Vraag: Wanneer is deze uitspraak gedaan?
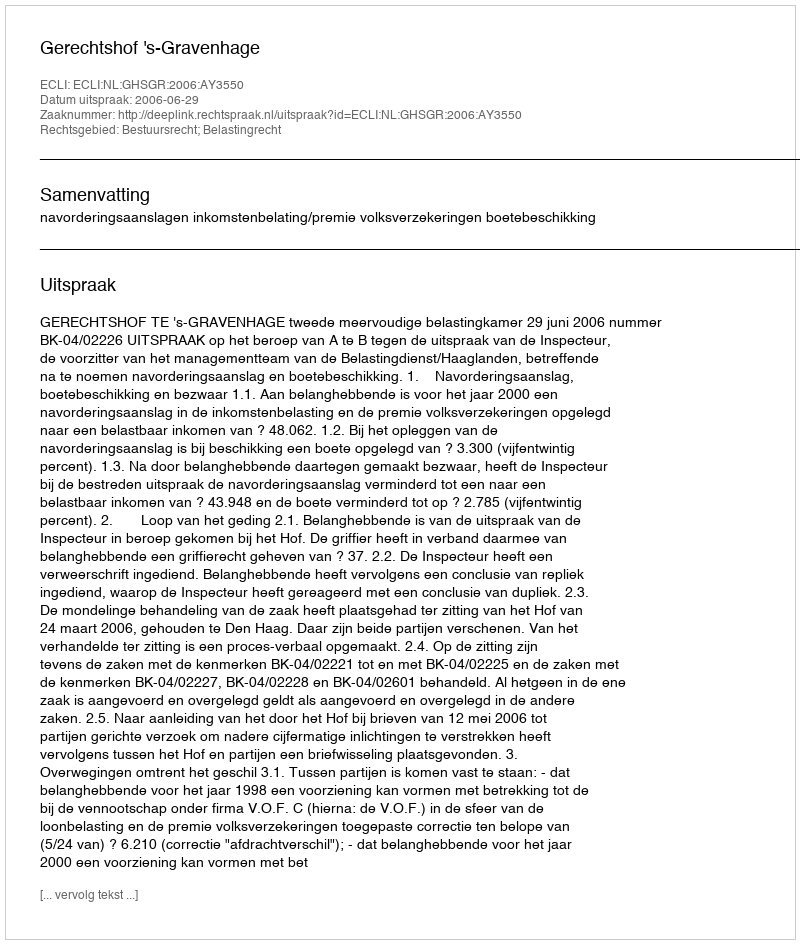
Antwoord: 2006-06-29